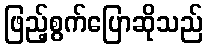
ဖြည့်စွက်ပြောဆိုသည်